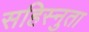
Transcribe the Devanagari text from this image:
सहिस्नुता